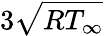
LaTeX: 3\sqrt{R{T_{\infty}}}